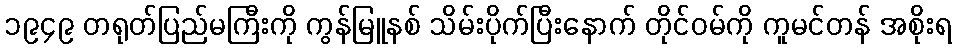
၁၉၄၉ တရုတ်ပြည်မကြီးကို ကွန်မြူနစ် သိမ်းပိုက်ပြီးနောက် တိုင်ဝမ်ကို ကူမင်တန် အစိုးရ